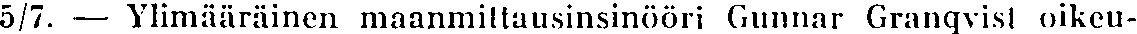
5/7. — Ylimääräinen maanmittausinsinööri Gunnar Granqvist oikeu-